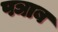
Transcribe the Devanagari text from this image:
पञाब